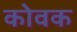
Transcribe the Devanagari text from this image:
कोवक